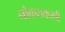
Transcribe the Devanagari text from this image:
नोकराकरवी